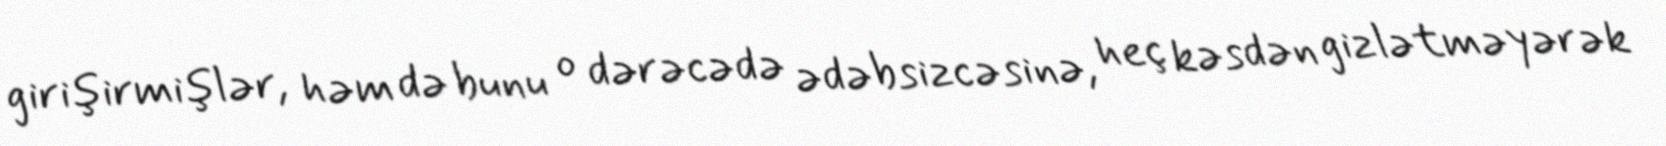
girişirmişlər, həm də bunu o dərəcədə ədəbsizcəsinə, heç kəsdən gizlətməyərək